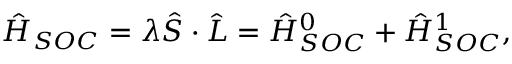
\hat { H } _ { S O C } = \lambda \hat { S } \cdot \hat { L } = \hat { H } _ { S O C } ^ { 0 } + \hat { H } _ { S O C } ^ { 1 } ,